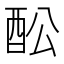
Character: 𲆩